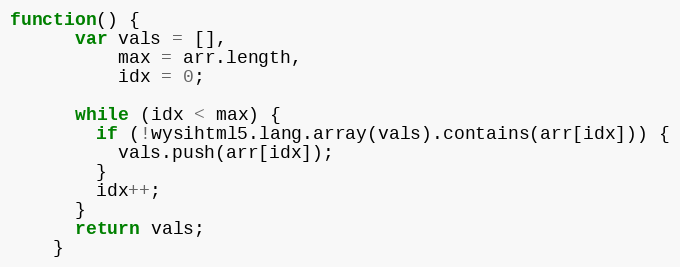
Language: JavaScript
function() {
      var vals = [],
          max = arr.length,
          idx = 0;

      while (idx < max) {
        if (!wysihtml5.lang.array(vals).contains(arr[idx])) {
          vals.push(arr[idx]);
        }
        idx++;
      }
      return vals;
    }